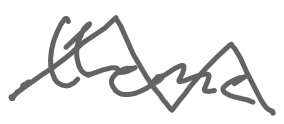
Text: theme
Cross-out: zig-zag
Writing tool: digital_gray